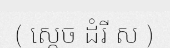
( ស្តេច ដំរី ស )